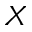
X